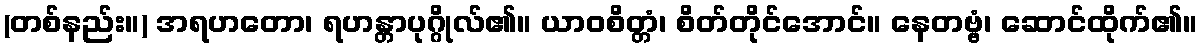
(တစ်နည်း။) အရဟတော၊ ရဟန္တာပုဂ္ဂိုလ်၏။ ယာဝစိတ္တံ၊ စိတ်တိုင်အောင်။ နေတဗ္ဗံ၊ ဆောင်ထိုက်၏။